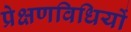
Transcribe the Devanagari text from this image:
प्रेक्षणविधियों